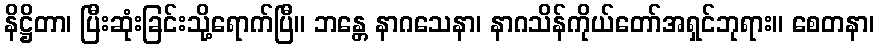
နိဋ္ဌိတာ၊ ပြီးဆုံးခြင်းသို့ရောက်ပြီ။ ဘန္တေ နာဂသေနာ၊ နာဂသိန်ကိုယ်တော်အရှင်ဘုရား။ စေတနာ၊